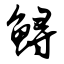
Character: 鲟